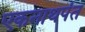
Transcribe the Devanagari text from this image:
एकनाथपंत